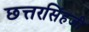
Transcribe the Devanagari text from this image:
छत्तरसिंहजी